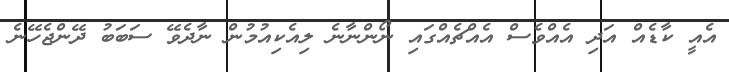
އެއީ ކާޑެއް އަދި އެއްވެސް އެއްޗެއްގައި ނޯންނާނެ ލިއެކިއުމުން ނާދެވޭ ސަބަބު ދޭންޖެހޭނެ